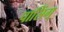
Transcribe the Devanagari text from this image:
पासिंग्